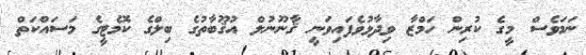
ނަމަވެސް މީގެ ކުރިން ހަމްޒާ ވިދާޅުވެފައިވަނީ ޤާނޫނުލް އުޤޫބާތުގެ ބިލްގެ ކޮމެޓީގެ މަސައްކަތް